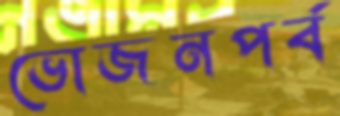
ভোজনপর্ব